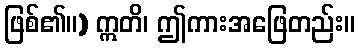
ဖြစ်၏။) ဣတိ၊ ဤကားအဖြေတည်း။